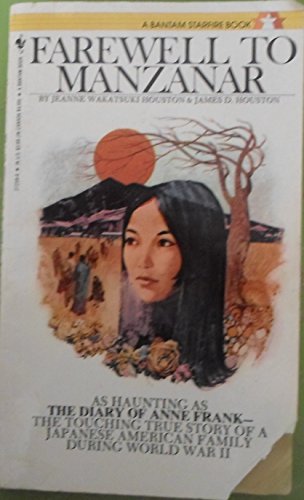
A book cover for Farewell to Manzanar; James D. Houston; Biographies & Memoirs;